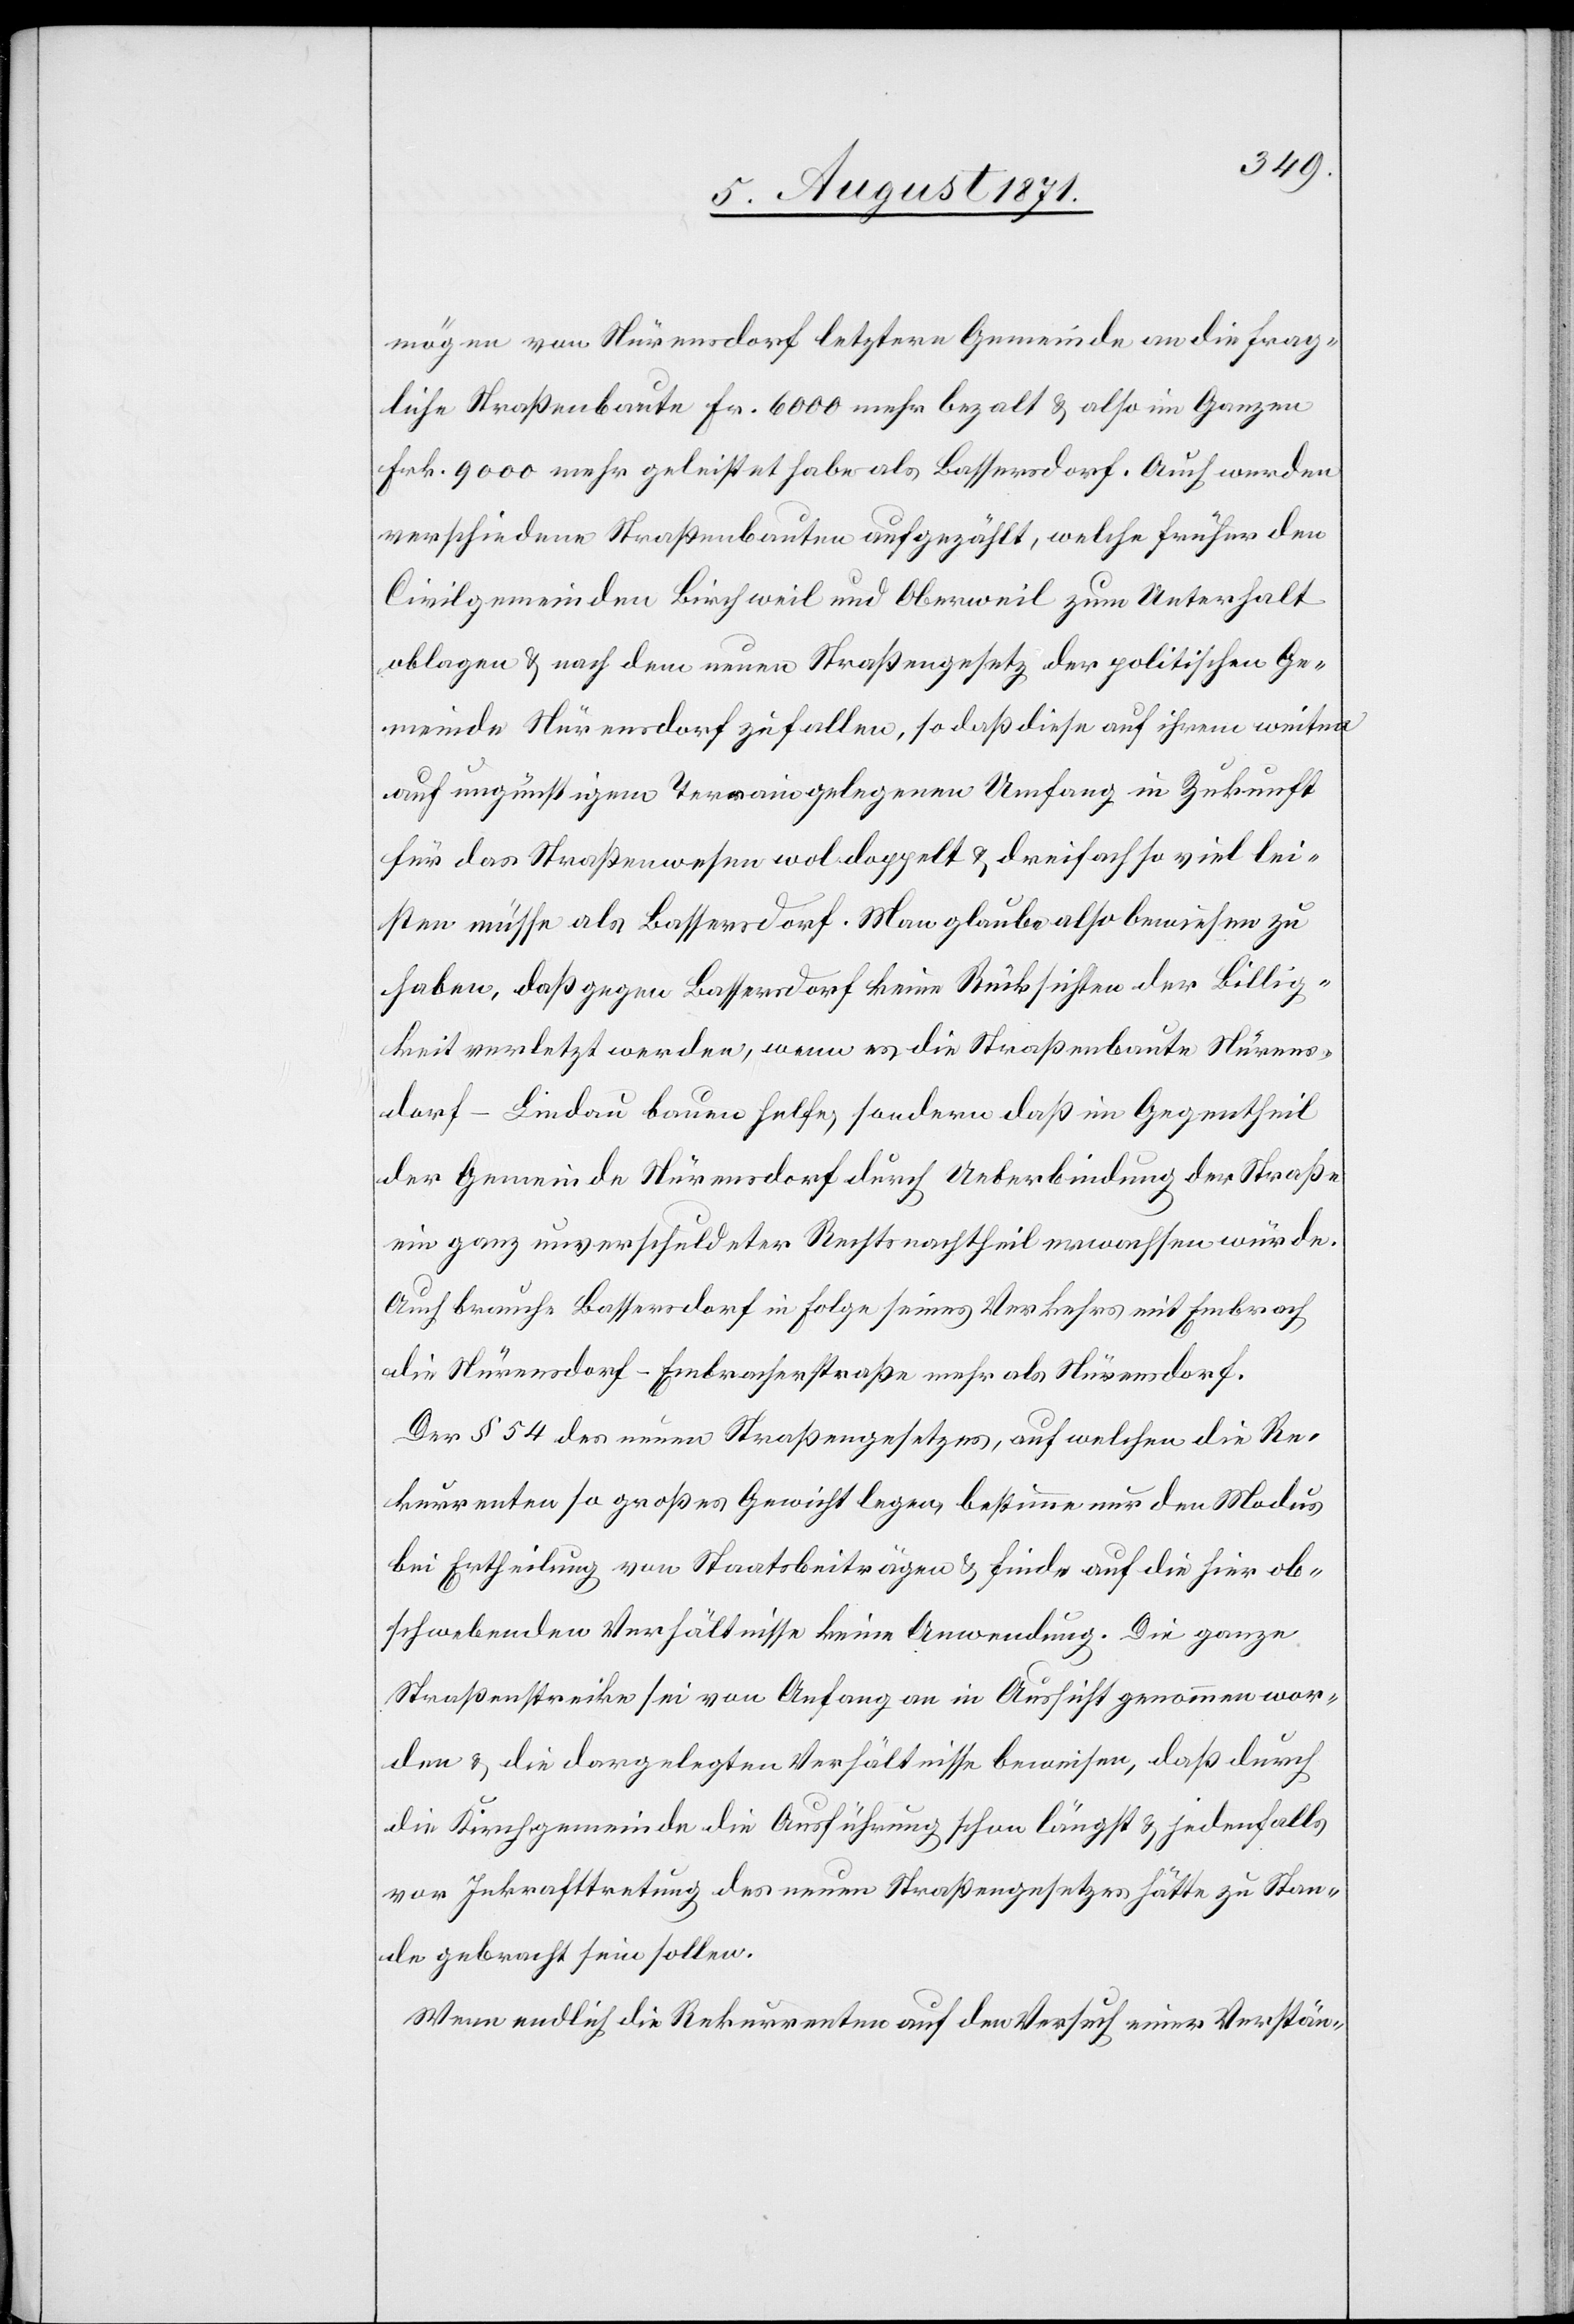
mögen von Nürensdorf letztere Gemeinde an die frag¬
liche Straßenbaute Fr. 6000 mehr bezalt u. also im Ganzen
Frk. 9000 mehr geleistet habe als Bassersdorf. Auch werden
verschiedene Straßenbauten aufgezählt, welche früher den
Civilgemeinden Birchweil und Oberweil zum Unterhalt
oblagen u. nach dem neuen Straßengesetz der politischen Ge¬
meinde Nürensdorf zufallen, so daß diese auf ihren weitern
auf ungünstigen Terrains gelegenen Umfang in Zukunft
für das Straßenwesen wol doppelt u. dreifach so viel lei¬
sten müsse als Bassersdorf. Man glaube also bewiesen zu
haben, daß gegen Bassersdorf keine Rücksichten der Billig¬
keit verletzt werden, wenn es die Straßenbaute Nürens¬
dorf–Lindau bauen helfe, sondern daß im Gegentheil
der Gemeinde Nürensdorf durch Ueberbindung der Straße
ein ganz unverschuldeter Rechtsnachtheil erwachsen würde.
Auch brauche Bassersdorf in Folge seines Verkehrs mit Embrach
die Nürensdorf–Embracherstraße mehr als Nürensdorf.
Der § 54 des neuen Straßengesetzes, auf welchen die Re¬
kurrenten so großes Gewicht legen, bestimme nur den Modus
bei Ertheilung von Staatsbeiträgen u. finde auf die hier ob¬
schwebenden Verhältnisse keine Anwendung. Die ganze
Straßenstrecke sei von Anfang an in Aussicht genommen wor¬
den u. die dargelegten Verhältnisse bewiesen, daß durch
die Kirchgemeinde die Ausführung schon längst u. jedenfalls
vor Inkrafttretung des neuen Straßengesetzes hätte zu Stan¬
de gebracht sein sollen.
Wenn endlich die Rekurrenten auf den Versuch einer Verstän-